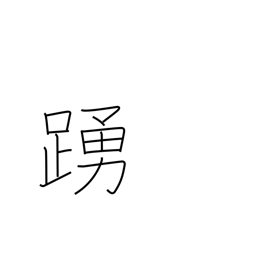
Meaning: leap